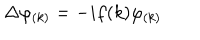
\Delta \varphi _ { ( k ) } = - i f ( k ) \varphi _ { ( k ) }